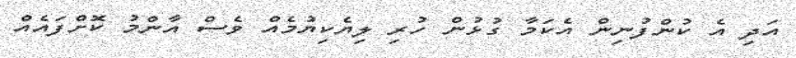
އަދި އެ ކުންފުނިން އެކަމާ ގުޅުން ހުރި ލިޔެކިޔުމެއް ވެސް އާންމު ކޮށްފައެއް